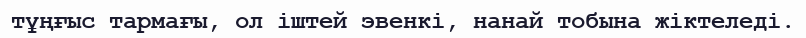
тұңғыс тармағы, ол іштей эвенкі, нанай тобына жіктеледі.